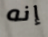
إنه